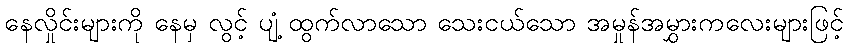
နေလှိုင်းများကို နေမှ လွင့် ပျံ့ ထွက်လာသော သေးငယ်သော အမှုန်အမွှားကလေးများဖြင့်